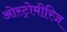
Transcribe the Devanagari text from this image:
ओस्ट्रोमीरिज